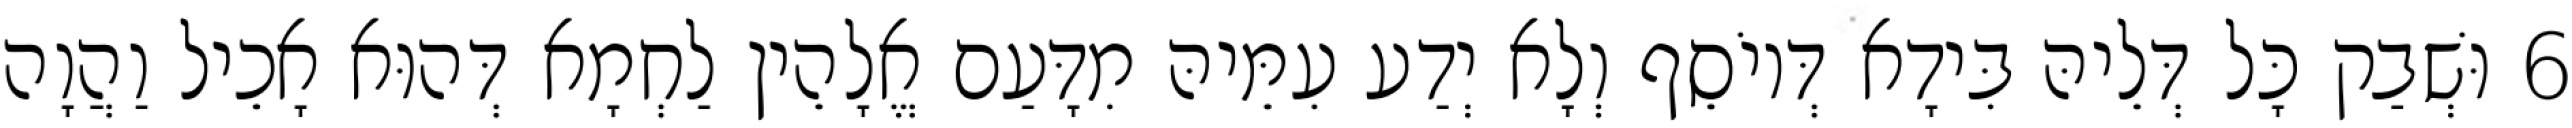
6 וּשְׁבַק כָּל דְּלֵיהּ בִּידָא דְּיוֹסֵף וְלָא יְדַע עִמֵּיהּ מִדָּעַם אֱלָהֵין לַחְמָא דְּהוּא אָכֵיל וַהֲוָה